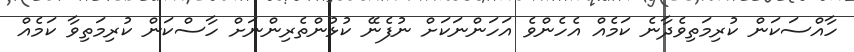
ހާއްސަކަން ކުރިމަތިވެދާނެ ކަމެއް އެހެންވެ އަހަންނަކަށް ނުފެނޭ ކުޅުންތެރިންނަށް ހާސްކަން ކުރިމަތިވާ ކަމެއް